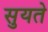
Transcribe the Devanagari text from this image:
सुयते